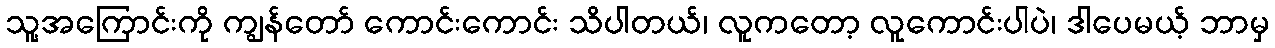
သူ့အကြောင်းကို ကျွန်တော် ကောင်းကောင်း သိပါတယ်၊ လူကတော့ လူကောင်းပါပဲ၊ ဒါပေမယ့် ဘာမှ